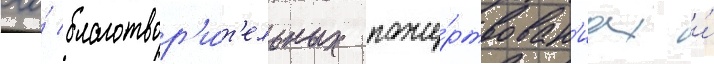
его́ благотвор'и́т'ельных поже́ртвован'иах и́